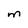
Character: m